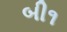
બી૧